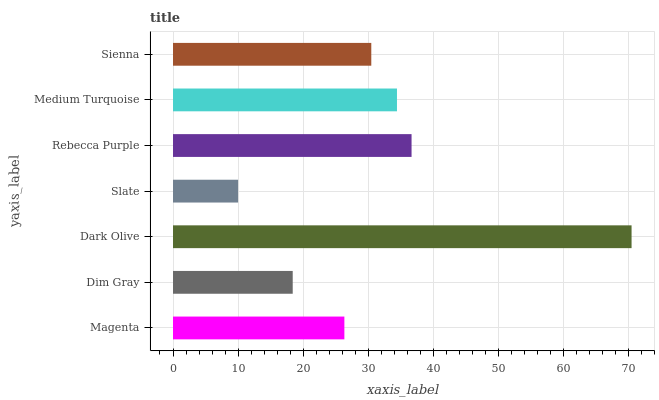
| yaxis_label | bars |
 | --- | --- |
 | Magenta | 26.3 |
 | Dim Gray | 18.4 |
 | Dark Olive | 70.5 |
 | Slate | 10 |
 | Rebecca Purple | 36.7 |
 | Medium Turquoise | 34.4 |
 | Sienna | 30.5 |